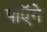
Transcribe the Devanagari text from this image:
पाएॅगे